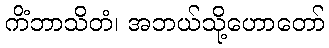
ကိံဘာသိတံ၊ အဘယ်သို့ဟောတော်